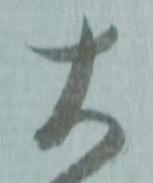
大